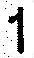
1